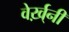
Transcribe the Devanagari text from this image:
वेर्ख़्नी